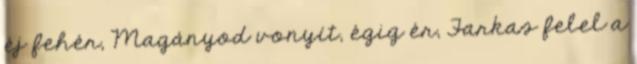
éj fehér, Magányod vonyít, égig ér, Farkas felel a